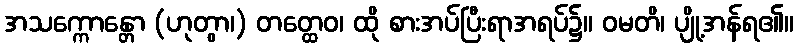
အသက္ကောန္တော (ဟုတွာ၊) တတ္ထေဝ၊ ထို စားအပ်ပြီးရာအရပ်၌။ ဝမတိ၊ ပျို့အန်ရ၏။